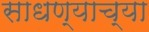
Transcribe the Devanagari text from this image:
साधण्याच्या